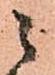
ニ